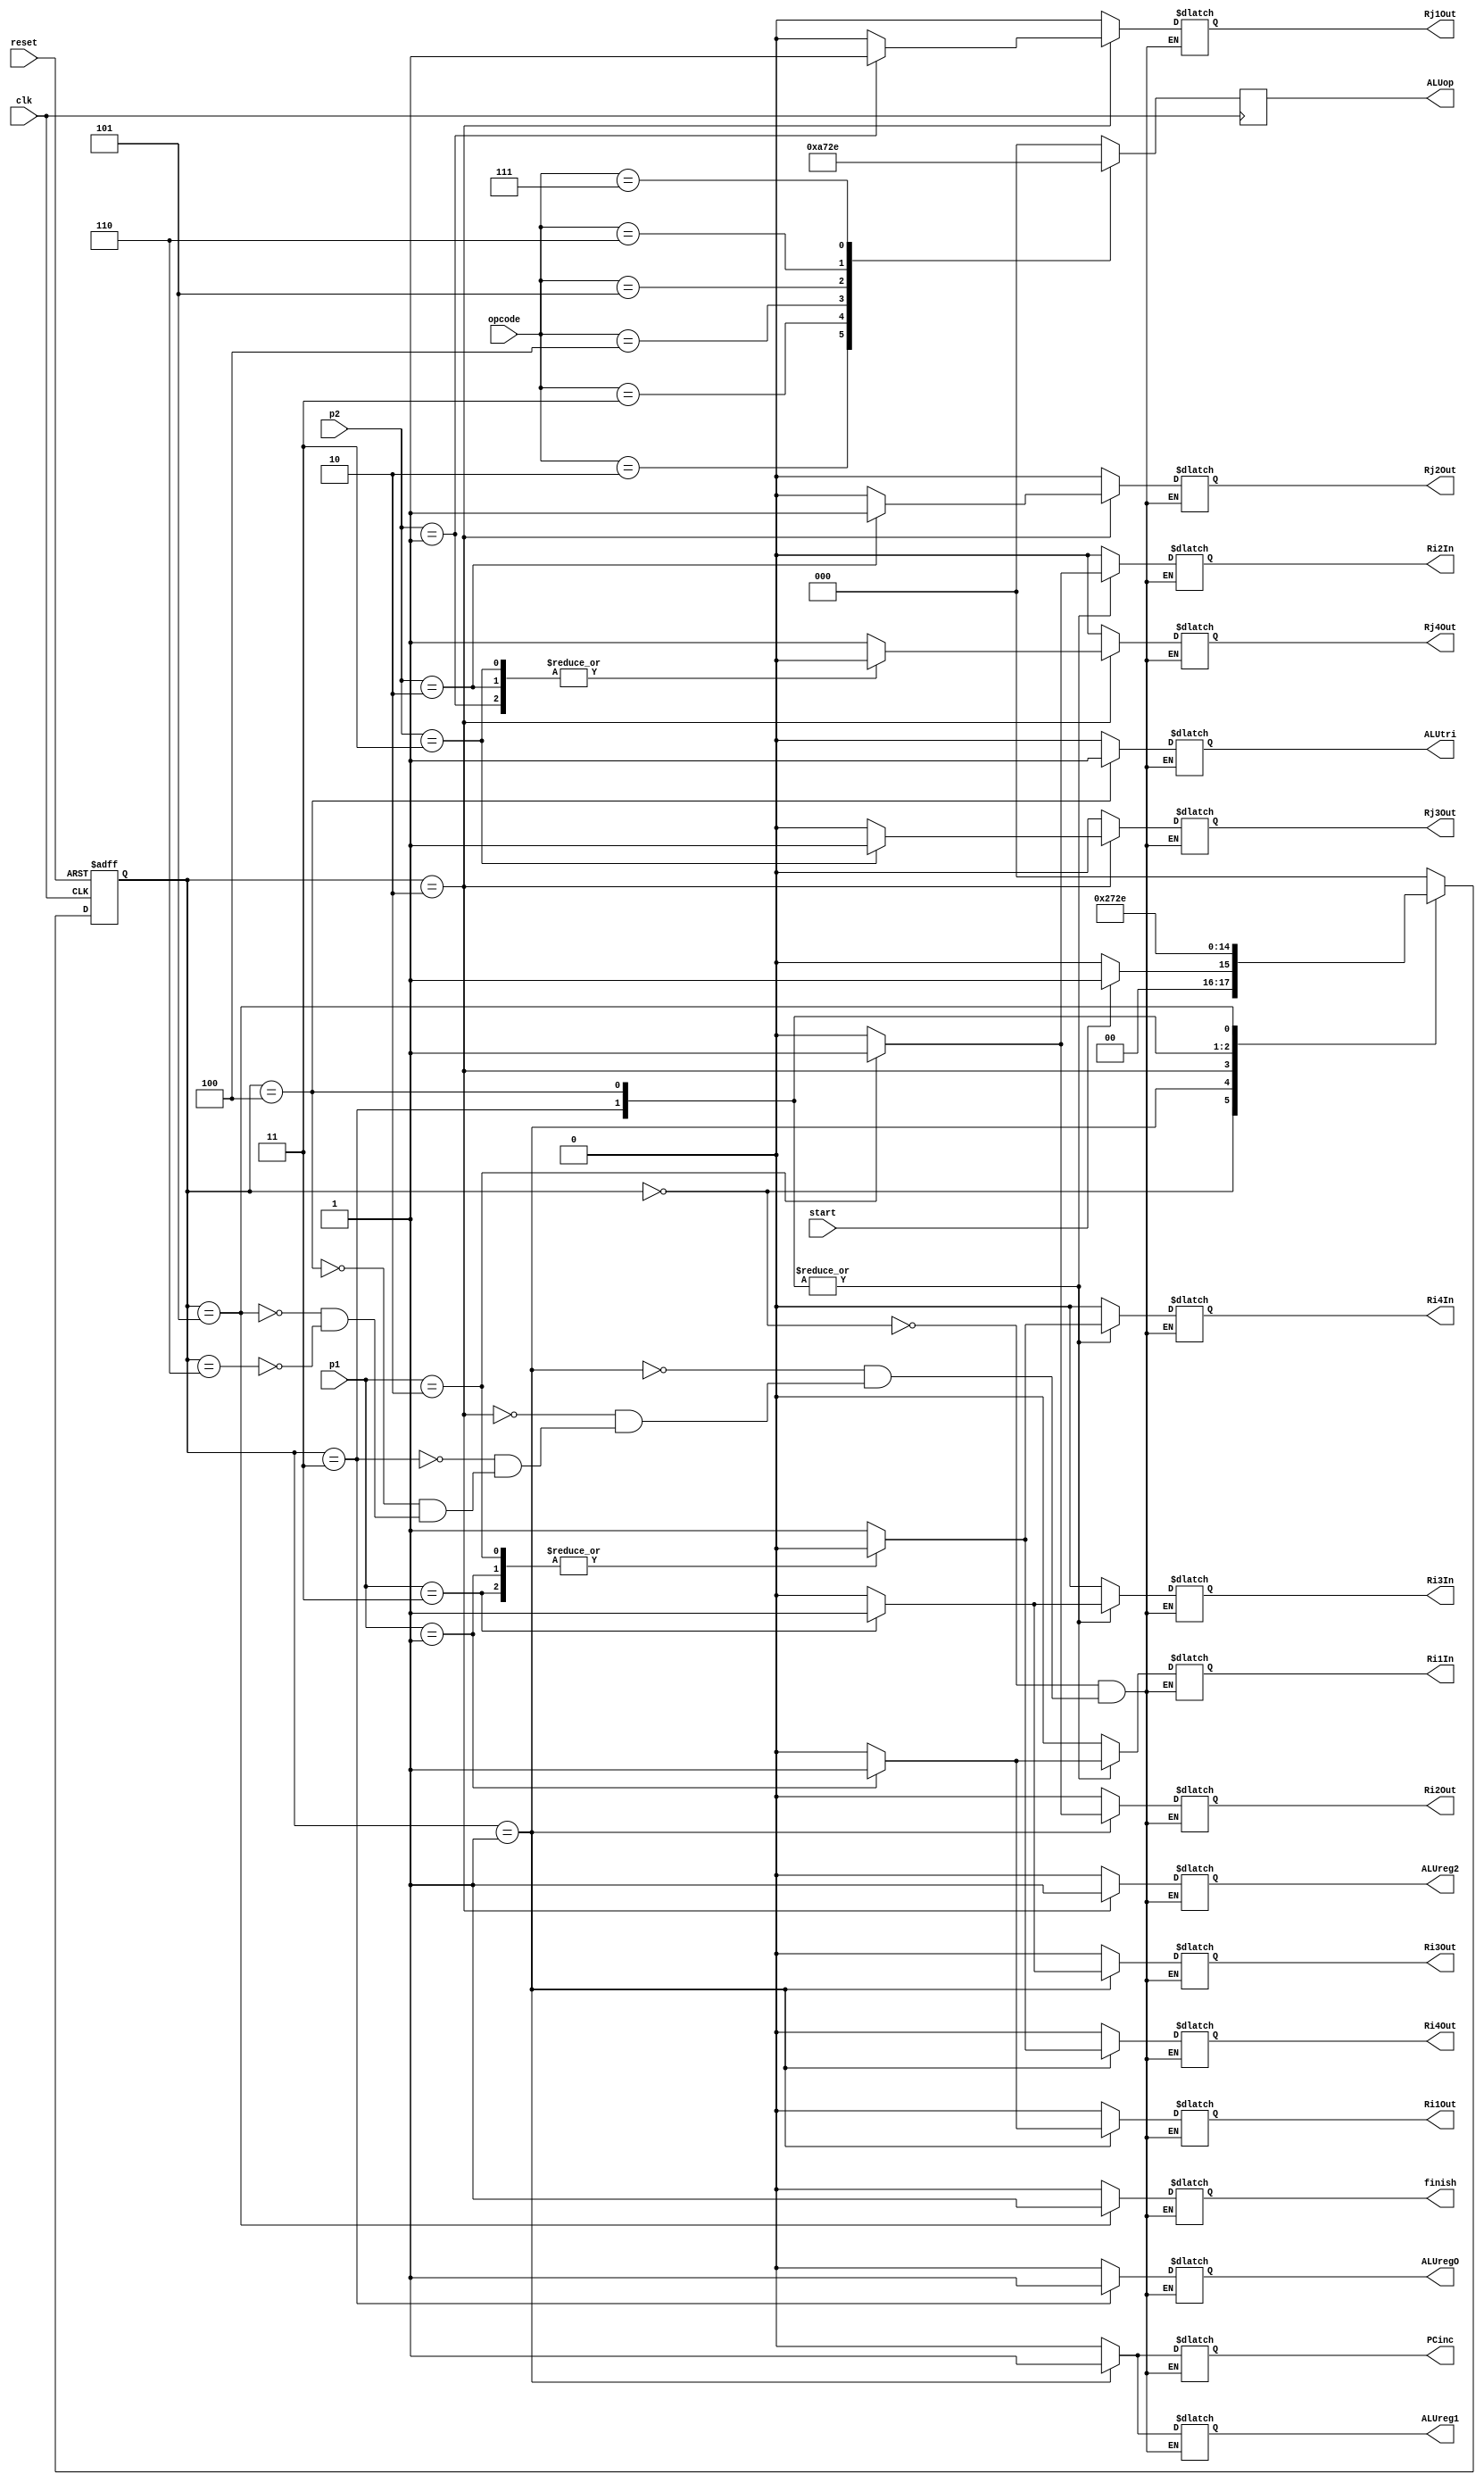
// Zack Fravel
// System Synthesis and Modeling
// Final Project (Step 4)

module Register_FSM(clk, reset, start, PCinc, Ri1Out, Ri2Out, Ri3Out, Ri4Out, 
		ALUreg1, Rj1Out, Rj2Out, Rj3Out, Rj4Out, ALUreg2, ALUregO, 
		Ri1In, Ri2In, Ri3In, Ri4In, ALUtri, finish, p1, p2, opcode, ALUop);

// Port Declartaion

input clk; input reset; input start; input[3:0] opcode; input[5:0] p1; input[5:0] p2;

output reg PCinc; output reg Ri1Out; output reg Ri2Out; output reg Ri3Out; output reg Ri4Out; output reg ALUreg1; 
output reg Rj1Out; output reg Rj2Out; output reg Rj3Out; output reg Rj4Out; 
output reg ALUreg2; output reg ALUregO; output reg Ri1In; output reg Ri2In; output reg Ri3In; output reg Ri4In; 
output reg ALUtri; output reg finish;
output reg[2:0] ALUop;

reg[2:0] current_state, next_state;			

// Set Parameters for State Signals

parameter init = 4'b0000, one = 4'b0001, two = 4'b0010, three = 4'b0011, 
	four = 4'b0100, five = 4'b0101, six = 4'b0110, 	
	seven = 4'b0111, eight = 4'b1000, nine = 4'b1001, ten = 4'b1010;


// Architecture

always @(posedge clk or posedge reset)			// Current State Transition
begin
   if(reset)
	current_state <= init;
   else
	current_state <= next_state;
end


always @(current_state or start)			// Next State Logic
begin

   case(current_state)

   init: begin
	 	if(start)
	   		next_state <= one;
		else
			next_state <= init;
         end

   one:    begin next_state <= two; end
   two:    begin next_state <= three; end
   three:  begin next_state <= four; end
   four:   begin next_state <= five; end
   five:   begin next_state <= six; end
   six:    begin next_state <= init; end
   default:begin next_state <= init; end

   endcase
end


always @(current_state)					// Output Logic
begin

   case (current_state)

   init:  begin 
		PCinc = 0; 
		Ri1Out = 0; Ri2Out = 0; Ri3Out = 0; Ri4Out = 0; 
		Rj1Out = 0; Rj2Out = 0; Rj3Out = 0; Rj4Out = 0; 
		Ri1In = 0; Ri2In = 0; Ri3In = 0; Ri4In = 0; 
		ALUreg1 = 0; ALUreg2 = 0; ALUregO = 0; ALUtri = 0; finish = 0;
	  end
   one:   begin  
		PCinc = 1; ALUreg1 = 1;
		case (p1)
			6'b000001: begin Ri1Out = 1; Ri2Out = 0; Ri3Out = 0; Ri4Out = 0; end
			6'b000010: begin Ri2Out = 1; Ri1Out = 0; Ri3Out = 0; Ri4Out = 0; end
			6'b000011: begin Ri3Out = 1; Ri2Out = 0; Ri1Out = 0; Ri4Out = 0; end
			default :  begin Ri4Out = 1; Ri2Out = 0; Ri3Out = 0; Ri1Out = 0; end
		endcase 
		Rj1Out = 0; Rj2Out = 0; Rj3Out = 0; Rj4Out = 0; 
		Ri1In = 0; Ri2In = 0; Ri3In = 0; Ri4In = 0; 
		ALUreg2 = 0; ALUregO = 0; ALUtri = 0; finish = 0;
	  end
   two:   begin 
		ALUreg2 = 1;
		case (p1)
			6'b000001: begin Ri1Out = 0; Ri2Out = 0; Ri3Out = 0; Ri4Out = 0; end
			6'b000010: begin Ri2Out = 0; Ri1Out = 0; Ri3Out = 0; Ri4Out = 0; end
			6'b000011: begin Ri3Out = 0; Ri2Out = 0; Ri1Out = 0; Ri4Out = 0; end
			default  : begin Ri4Out = 0; Ri2Out = 0; Ri3Out = 0; Ri1Out = 0; end
		endcase 

		case (p2)
			6'b000001: begin Rj1Out = 1; Rj2Out = 0; Rj3Out = 0; Rj4Out = 0; end
			6'b000010: begin Rj2Out = 1; Rj1Out = 0; Rj3Out = 0; Rj4Out = 0; end
			6'b000011: begin Rj3Out = 1; Rj2Out = 0; Rj1Out = 0; Rj4Out = 0; end
			default  : begin Rj4Out = 1; Rj2Out = 0; Rj3Out = 0; Rj1Out = 0; end
		endcase
		PCinc = 0; 
		Ri1In = 0; Ri2In = 0; Ri3In = 0; Ri4In = 0; 
		ALUreg1 = 0; ALUregO = 0; ALUtri = 0; finish = 0;
	  end
   three: begin 
		ALUregO = 1;
		case (p2)
			6'b000001: begin Rj1Out = 0; Rj2Out = 0; Rj3Out = 0; Rj4Out = 0; end
			6'b000010: begin Rj2Out = 0; Rj1Out = 0; Rj3Out = 0; Rj4Out = 0; end
			6'b000011: begin Rj3Out = 0; Rj2Out = 0; Rj1Out = 0; Rj4Out = 0; end 
			default  : begin Rj4Out = 0; Rj2Out = 0; Rj3Out = 0; Rj1Out = 0; end
		endcase 

		case (p1)
			6'b000001: begin Ri1In = 1; Ri2In = 0; Ri3In = 0; Ri4In = 0; end
			6'b000010: begin Ri2In = 1; Ri1In = 0; Ri3In = 0; Ri4In = 0; end
			6'b000011: begin Ri3In = 1; Ri2In = 0; Ri1In = 0; Ri4In = 0; end
			default  : begin Ri4In = 1; Ri2In = 0; Ri3In = 0; Ri1In = 0; end
		endcase
		PCinc = 0; 
		Ri1Out = 0; Ri2Out = 0; Ri3Out = 0; Ri4Out = 0; 
		ALUreg1 = 0; ALUreg2 = 0;ALUtri = 0; finish = 0;
	  end
   four:  begin  
		PCinc = 0; 
		Ri1Out = 0; Ri2Out = 0; Ri3Out = 0; Ri4Out = 0; 
		Rj1Out = 0; Rj2Out = 0; Rj3Out = 0; Rj4Out = 0; 
		case (p1)
			6'b000001: begin Ri1In = 1; Ri2In = 0; Ri3In = 0; Ri4In = 0; end
			6'b000010: begin Ri2In = 1; Ri1In = 0; Ri3In = 0; Ri4In = 0; end
			6'b000011: begin Ri3In = 1; Ri2In = 0; Ri1In = 0; Ri4In = 0; end
			default  : begin Ri4In = 1; Ri2In = 0; Ri3In = 0; Ri1In = 0; end
		endcase
		ALUreg1 = 0; ALUreg2 = 0; ALUregO = 0; ALUtri = 1; finish = 0;
	  end
   five:  begin  
		case (p1)
			6'b000001: begin Ri1In = 0; Ri2In = 0; Ri3In = 0; Ri4In = 0; end
			6'b000010: begin Ri2In = 0; Ri1In = 0; Ri3In = 0; Ri4In = 0; end
			6'b000011: begin Ri3In = 0; Ri2In = 0; Ri1In = 0; Ri4In = 0; end
			default  : begin Ri4In = 0; Ri2In = 0; Ri3In = 0; Ri1In = 0; end
		endcase
		PCinc = 0; 
		Ri1Out = 0; Ri2Out = 0; Ri3Out = 0; Ri4Out = 0; 
		Rj1Out = 0; Rj2Out = 0; Rj3Out = 0; Rj4Out = 0; 
		ALUreg1 = 0; ALUreg2 = 0; ALUregO = 0; ALUtri = 0; finish = 1;
	  end
   six:   begin  
		PCinc = 0; 
		Ri1Out = 0; Ri2Out = 0; Ri3Out = 0; Ri4Out = 0; 
		Rj1Out = 0; Rj2Out = 0; Rj3Out = 0; Rj4Out = 0; 
		Ri1In = 0; Ri2In = 0; Ri3In = 0; Ri4In = 0; 
		ALUreg1 = 0; ALUreg2 = 0; ALUregO = 0; ALUtri = 0; finish = 0;
	  end

   endcase

end

always@(posedge clk)					// Convert Opcode for ALU
begin

	case(opcode)
		4'b0001: begin ALUop = 3'b000; end	//Add
		4'b0010: begin ALUop = 3'b001; end	//Sub
		4'b0011: begin ALUop = 3'b010; end	//Not
		4'b0100: begin ALUop = 3'b011; end	//Add
		4'b0101: begin ALUop = 3'b100; end	//Or
		4'b0110: begin ALUop = 3'b101; end 	//Xor
		4'b0111: begin ALUop = 3'b110; end	//Xnor
		default: begin ALUop = 3'b000; end
	endcase

end


endmodule